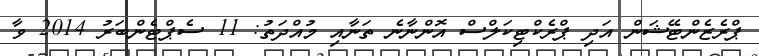
ޕްރެޒެންޓޭޝަން އަދި ޕްރެކްޓިކަލްސް އޮންނާނެ ތަނާއި މުއްދަތު: 11 ސެޕްޓެންބަރު 2014 ވާ